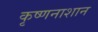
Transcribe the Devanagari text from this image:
कृष्णनाशान